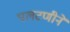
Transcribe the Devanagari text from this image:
पलटणीने